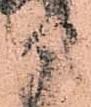
部